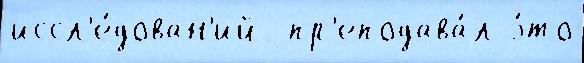
иссл'е́дован'ий  пр'еподава́л э́то